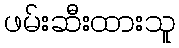
ဖမ်းဆီးထားသူ